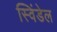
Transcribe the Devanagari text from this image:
स्विंडेल